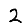
Digit: 2